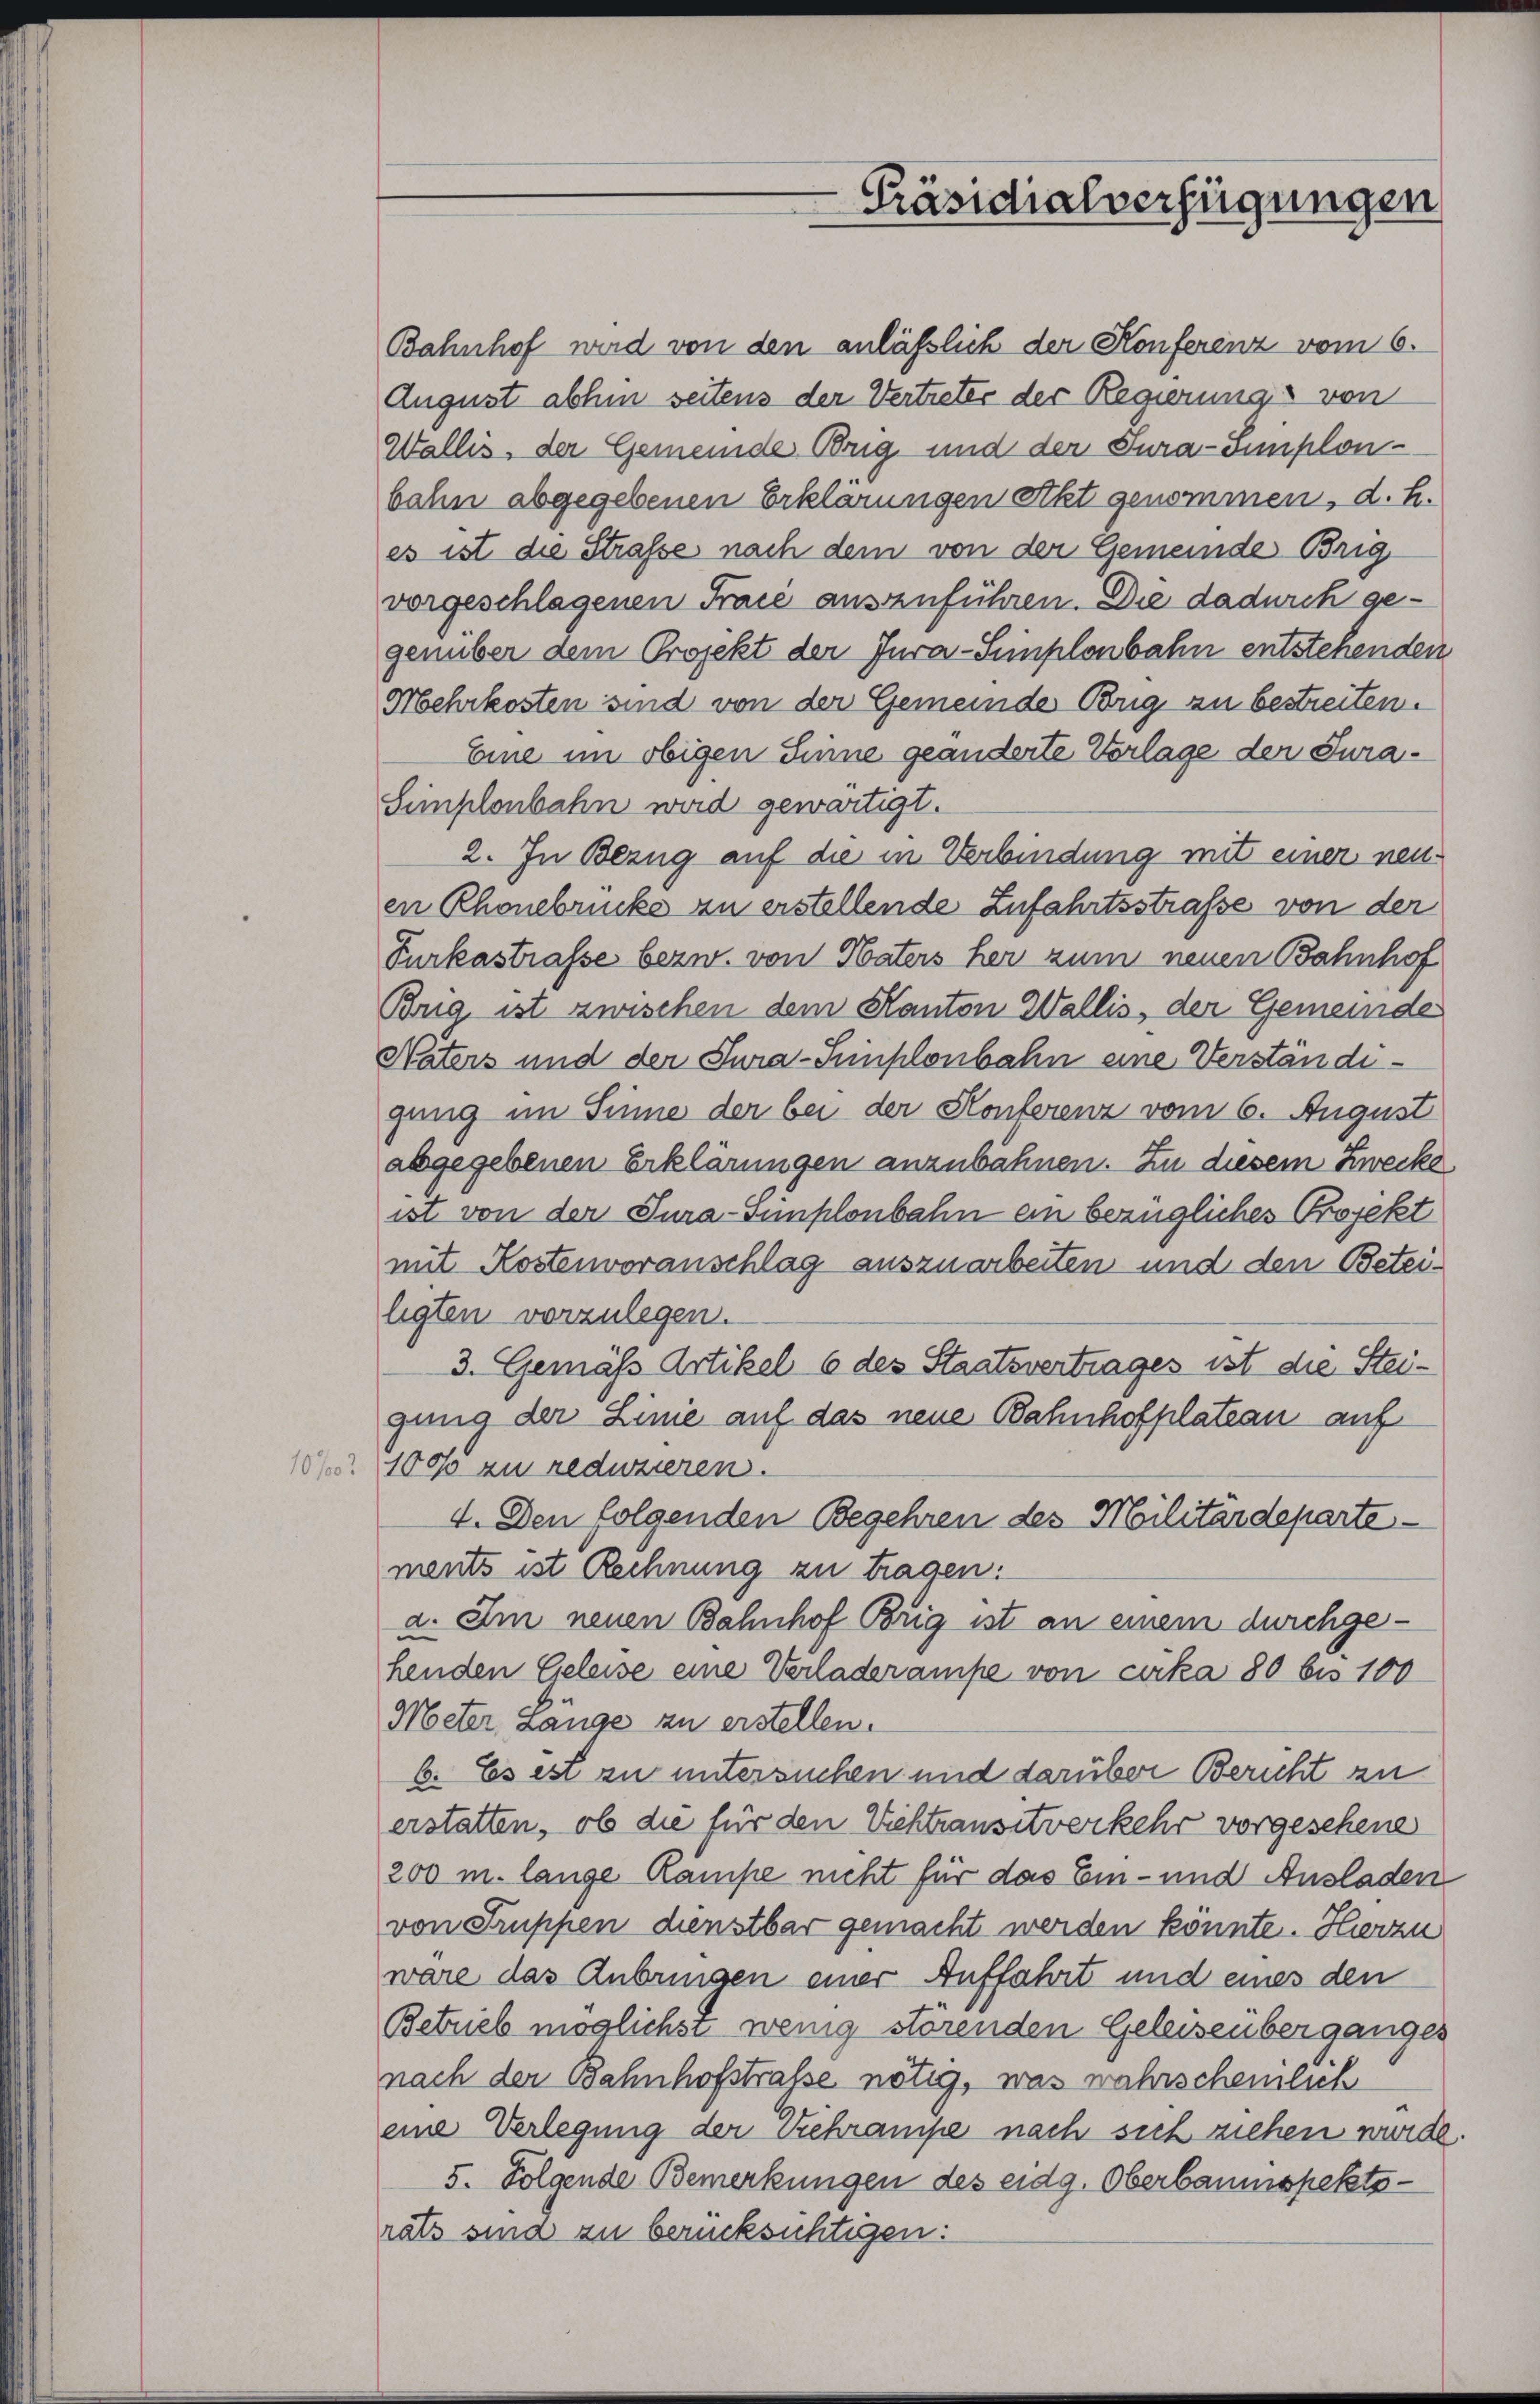
2

Präsidialverfügungen

Bahnhof wird von den anläßlich der Konferenz vom 6.
August abhin seitens der Vertreter der Regierungs von
Wallis, der Gemeinde Obrig und der Tura-Simplon-
bahn abgegebenen Erklärungen Akt genommen, d. h.
es ist die Straße nach dem von der Gemeinde Brig
vorgeschlagenen Fraić auszuführen. Die dadurch gegenüber dem Projekt der Jura-Simplonbahn entstehenden
Mehrkosten sind von der Gemeinde Brig zu bestreiten.
Eine im obigen Sinne geänderte Vorlage der Jura¬
Simplonbahn wird gewärtigt.
2. In Bezug auf die in Verbindung mit einer neuen Phonebrücke zu erstellende Zufahrtsstrafe von der
Purkastrasse bezw. von Maters her zum neuen Bahnhof
Brig ist zwischen dem Kanton Wallis, der Gemeinde
Naters und der Jura-Simplonbahn eine Verständigang im Sinne der bei der Konferenz vom 6. August
abgegebenen Erklärungen anzubahnen. Zu diesem Zwecke
ist von der Tura-Simplonbahn ein bezügliches Projekt
mit Kostenvoranschlag auszuarbeiten und den Beteiligten vorzulegen.
3. Gemäß Artikel 6 des Staatsvertrages ist die Steigung der Linie auf das neue Bahnhofplateau auf
1000 zu reduzieren.
4. Den folgenden Begehren des Militärdepartements ist Rechnung zu tragen:
a. Im neuen Bahnhof Brig ist an einem durchgehenden Geleise eine Verladerampe von cirka 80 bis 100
Meter Länge zu erstellen.
6. Es ist zu untersuchen und darüber Bericht zu
erstatten, ob die für den Viehtransitverkehr vorgesehene
200 m. lange Rampe nicht für das Ein- und Ausladen
von Truppen dienstbar gemacht werden könnte. Hierzu
wäre das Anbringen einer Auffahrt und eines den
Betrieb möglichst wenig störenden Geleisenberganges
nach der Bahnhofstrafe nötig, was wahrscheinlich
eine Verlegung der Wehrampe nach sich ziehen wurde
5. Folgende Bemerkungen des eidg. Oberbaumspekts -
rats sina zu berücksichtigen: